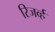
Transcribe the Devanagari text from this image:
रिजर्व्ह